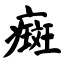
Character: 癍